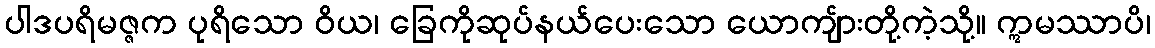
ပါဒပရိမဇ္ဇက ပုရိသော ဝိယ၊ ခြေကိုဆုပ်နယ်ပေးသော ယောကျ်ားတို့ကဲ့သို့။ ဣမဿာပိ၊